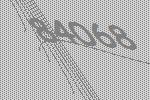
84068